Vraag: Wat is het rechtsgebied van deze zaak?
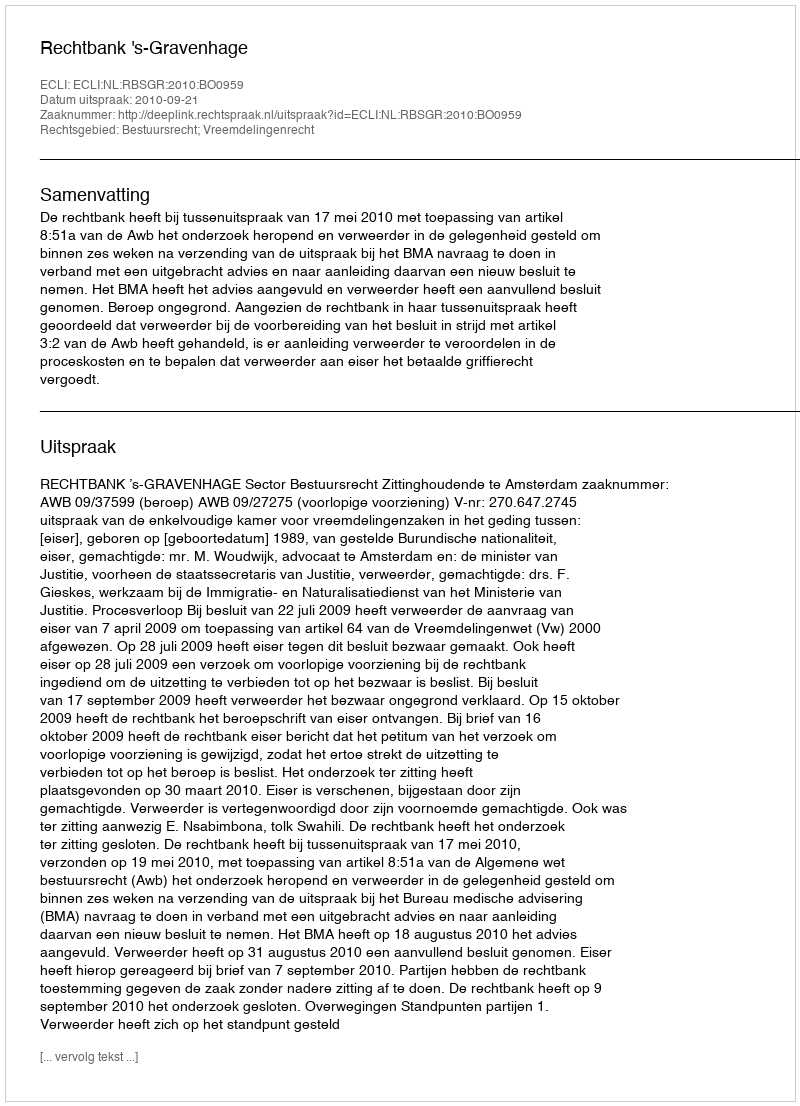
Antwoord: Bestuursrecht; Vreemdelingenrecht